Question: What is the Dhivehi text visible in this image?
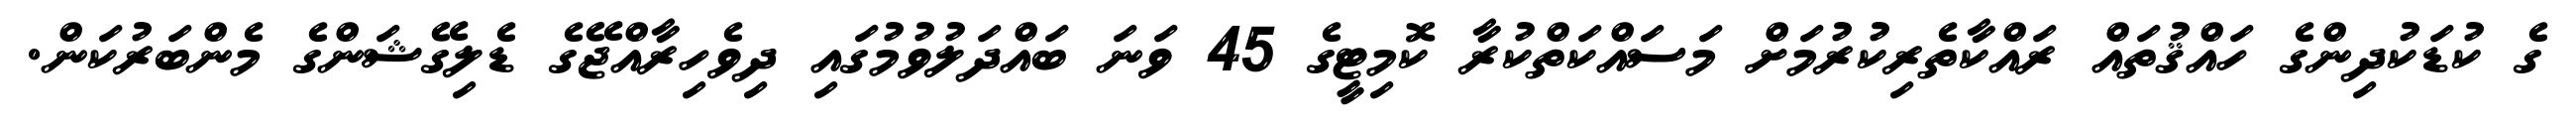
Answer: ގެ ކުޑަކުދިންގެ ހައްޤުތައް ރައްކާތެރިކުރުމަށް މަސައްކަތްކުރާ ކޮމިޓީގެ 45 ވަނަ ބައްދަލުވުމުގައި ދިވެހިރާއްޖޭގެ ޑެލިގޭޝަންގެ މެންބަރުކަން.